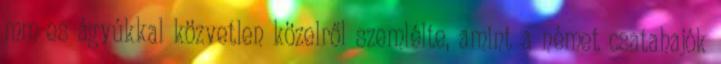
mm-es ágyúkkal közvetlen közelről szemlélte, amint a német csatahajók